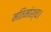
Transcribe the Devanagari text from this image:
मतिमांश्च।